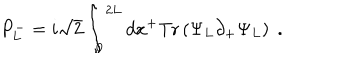
LaTeX: P _ { L } ^ { - } = { i \sqrt { 2 } } \int _ { 0 } ^ { 2 L } d x ^ { + } \mathrm { T r } \left( \Psi _ { L } \partial _ { + } \Psi _ { L } \right) \; .